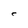
Character: C